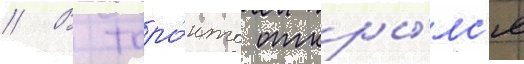
// В торо́нто откры́лс'я